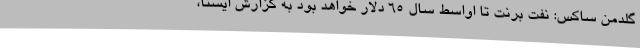
گلدمن ساکس: نفت برنت تا اواسط سال 65 دلار خواهد بود به گزارش ایسنا،